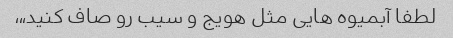
لطفا آبمیوه هایی مثل هویج و سیب رو صاف کنید،،،